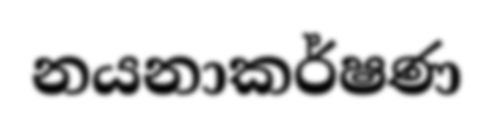
නයනාකර්ෂණ